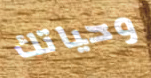
وحياتك